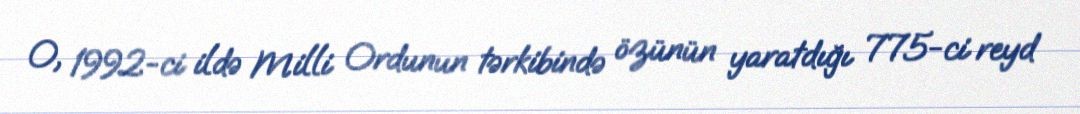
O, 1992-ci ildə Milli Ordunun tərkibində özünün yaratdığı 775-ci reyd